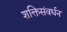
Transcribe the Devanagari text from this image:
शक्तिसंवर्धन